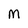
Character: M